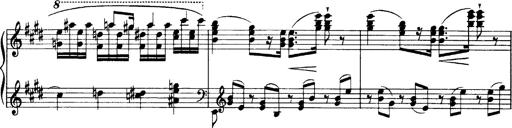
Title: OuvertÃ¼re zu TannhÃ¤user
Composer: Franz Liszt